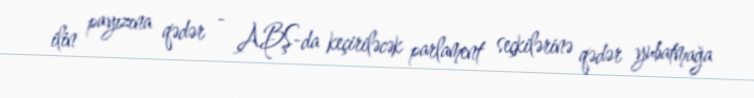
ilin payızına qədər - ABŞ-da keçiriləcək parlament seçkilərinə qədər yubatmağa